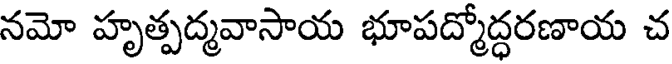
నమో హృత్పద్మవాసాయ భూపద్మోద్ధరణాయ చ